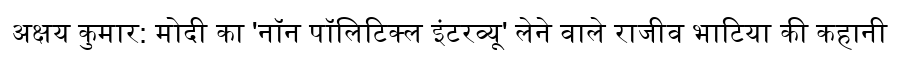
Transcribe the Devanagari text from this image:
अक्षय कुमार: मोदी का 'नॉन पॉलिटिक्ल इंटरव्यू' लेने वाले राजीव भाटिया की कहानी